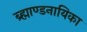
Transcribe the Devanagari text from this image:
ब्र्ह्माण्डनायिका